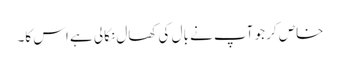
خاص کر جو آپ نے بال کی کھال نکالی ہے اس کا۔